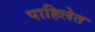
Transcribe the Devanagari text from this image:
पाहिलेत